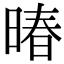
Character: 暙